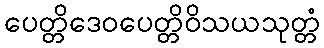
ပေတ္တိဒေဝပေတ္တိဝိသယသုတ္တံ